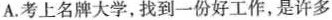
A.考上名牌大学，找到一份好工作，是许多！